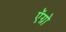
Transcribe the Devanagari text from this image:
ऍग्रो